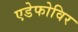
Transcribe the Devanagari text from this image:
एडेफोविर